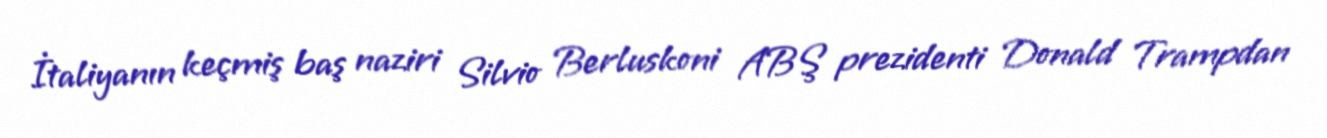
İtaliyanın keçmiş baş naziri Silvio Berluskoni ABŞ prezidenti Donald Trampdan